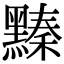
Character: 𪒆